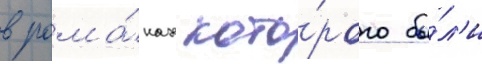
в рома́нах кото́рого бы́л'и